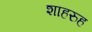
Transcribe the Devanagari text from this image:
शाहरुह